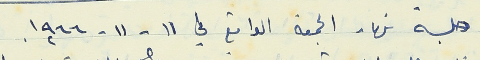
جلسة نهار الجمعة الواقع في ١١ - ١١ - ١٩٦٦